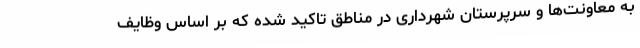
به معاونت‌ها و سرپرستان شهرداری در مناطق تاکید شده که بر اساس وظایف